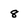
Character: 8